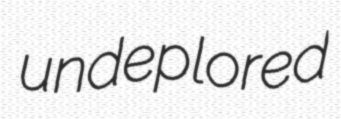
undeplored